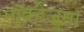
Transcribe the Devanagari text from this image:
मॉक्टेज़ुमा